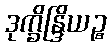
ဒုက္ခိန္ဒြိယဉ္စ